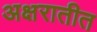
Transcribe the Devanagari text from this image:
अक्षरातीत